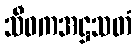
သီဝကအဋ္ဌသတံ